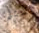
تستلم